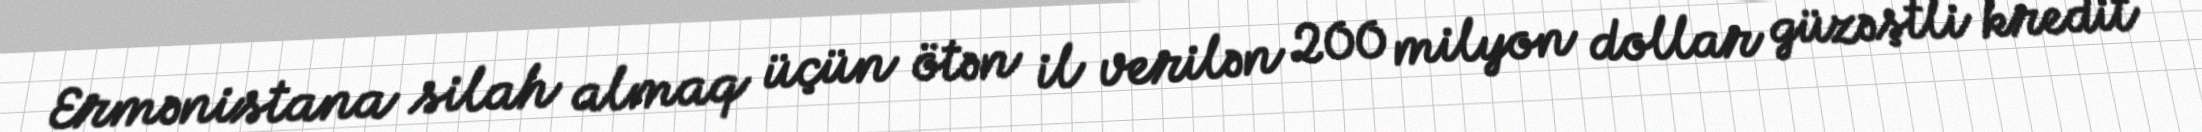
Ermənistana silah almaq üçün ötən il verilən 200 milyon dollar güzəştli kredit